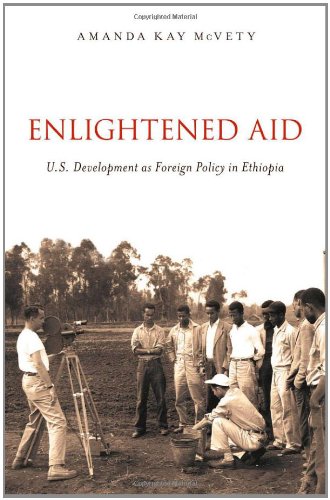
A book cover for Enlightened Aid: U.S. Development as Foreign Policy in Ethiopia; Amanda Kay McVety; History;